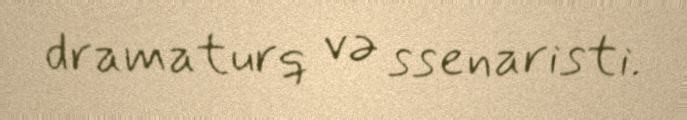
dramaturq və ssenaristi.